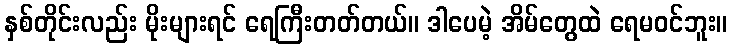
နှစ်တိုင်းလည်း မိုးများရင် ရေကြီးတတ်တယ်။ ဒါပေမဲ့ အိမ်တွေထဲ ရေမဝင်ဘူး။